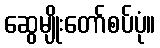
ဆွေမျိုးတော်စပ်ပုံ။